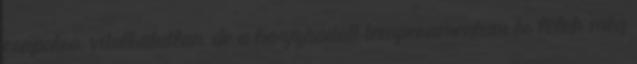
csapatra, vitathatatlan, de a hozzáadott temperamentum és lélek még